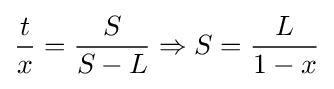
{\frac {t}{x}}={\frac {S}{S-L}}\Rightarrow S={\frac {L}{1-x}}